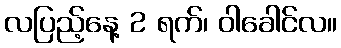
လပြည့်နေ့ 2 ရက်၊ ဝါခေါင်လ။